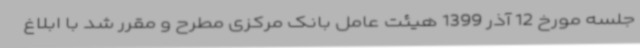
جلسه مورخ 12 آذر 1399 هیئت عامل بانک مرکزی مطرح و مقرر شد با ابلاغ